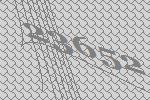
23652